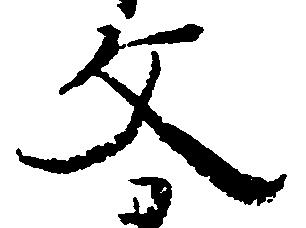
文